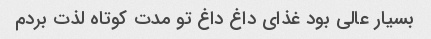
بسیار عالی بود غذای داغ داغ تو مدت کوتاه لذت بردم